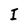
Character: I